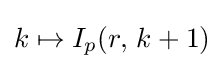
k\mapsto I_{p}(r,\,k+1)